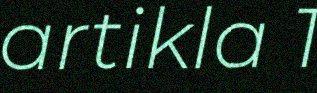
artikla 1